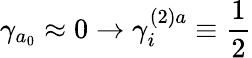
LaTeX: \gamma_{a_{0}}\approx 0\rightarrow\gamma_{i}^{(2)a}\equiv\frac{1}{2}